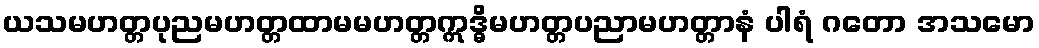
ယသမဟတ္တပုညမဟတ္တထာမမဟတ္တဣဒ္ဓိမဟတ္တပညာမဟတ္တာနံ ပါရံ ဂတော အသမော